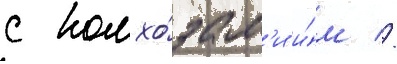
с колхо́зам'и и́м //